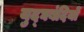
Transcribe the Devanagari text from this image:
युद्घबंदियों